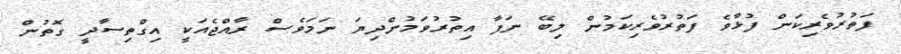
ފަތުރުވެރިކަން ފުޅާވެ ފަތުރުވެރިކަމުން ލިބޭ ނަފާ އިތުރުވަމުންދިޔަ ނަމަވެސް ރާއްޖެއަކީ އިގްތިސާދީ ގޮތުން